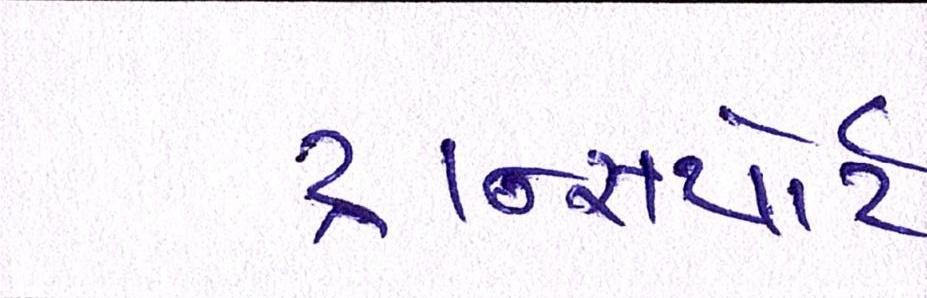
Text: ટ્રાન્સ્પોર્ટ